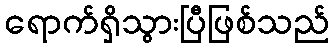
ရောက်ရှိသွားပြီဖြစ်သည်